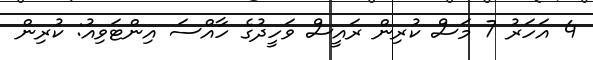
4 އަހަރު 7 މަސް ކުރިން ރައީސް ވަހީދުގެ ހާއްސަ އިންޓަވިއު: ކުރިން